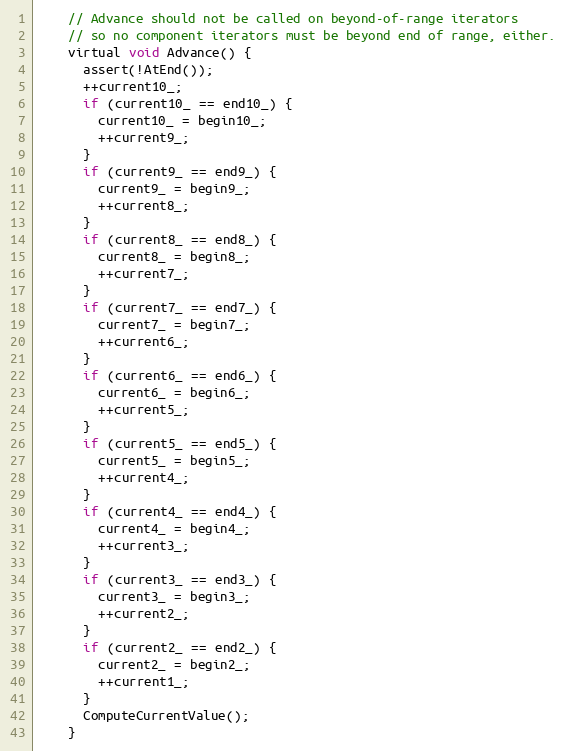
Language: C
    // Advance should not be called on beyond-of-range iterators
    // so no component iterators must be beyond end of range, either.
    virtual void Advance() {
      assert(!AtEnd());
      ++current10_;
      if (current10_ == end10_) {
        current10_ = begin10_;
        ++current9_;
      }
      if (current9_ == end9_) {
        current9_ = begin9_;
        ++current8_;
      }
      if (current8_ == end8_) {
        current8_ = begin8_;
        ++current7_;
      }
      if (current7_ == end7_) {
        current7_ = begin7_;
        ++current6_;
      }
      if (current6_ == end6_) {
        current6_ = begin6_;
        ++current5_;
      }
      if (current5_ == end5_) {
        current5_ = begin5_;
        ++current4_;
      }
      if (current4_ == end4_) {
        current4_ = begin4_;
        ++current3_;
      }
      if (current3_ == end3_) {
        current3_ = begin3_;
        ++current2_;
      }
      if (current2_ == end2_) {
        current2_ = begin2_;
        ++current1_;
      }
      ComputeCurrentValue();
    }